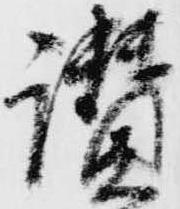
讃